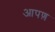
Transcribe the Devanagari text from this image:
आपण़